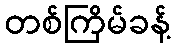
တစ်ကြိမ်ခန့်